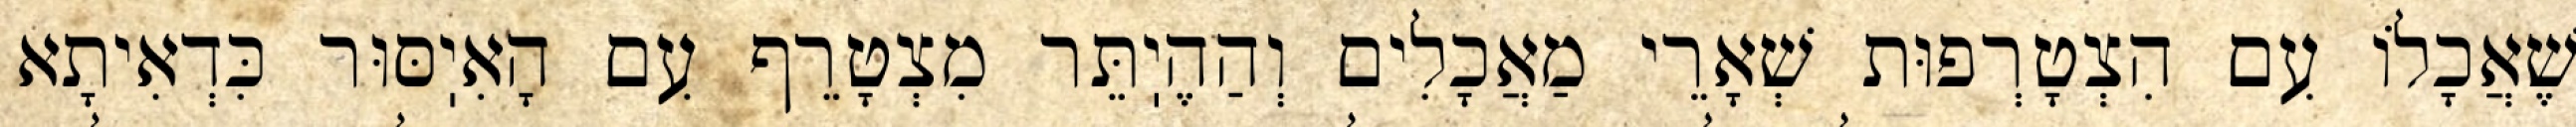
שֶׁאֲכָלוֹ עִם הִצְטָרְפוּת שְׁאָרֵי מַאֲכָלִים וְהַהֶיֽתֵּר מִצְטָרֵף עִם הָאִיֽסּוּר כִּדְאִיתָא